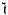
1